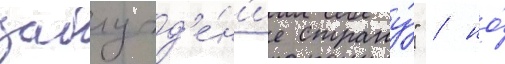
заблужд'е́н'ие страну́" / но́